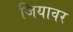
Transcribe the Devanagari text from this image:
जियावर